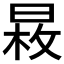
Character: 𣈕